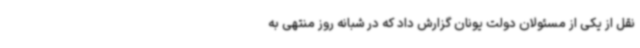
نقل از یکی از مسئولان دولت یونان گزارش داد که در شبانه روز منتهی به